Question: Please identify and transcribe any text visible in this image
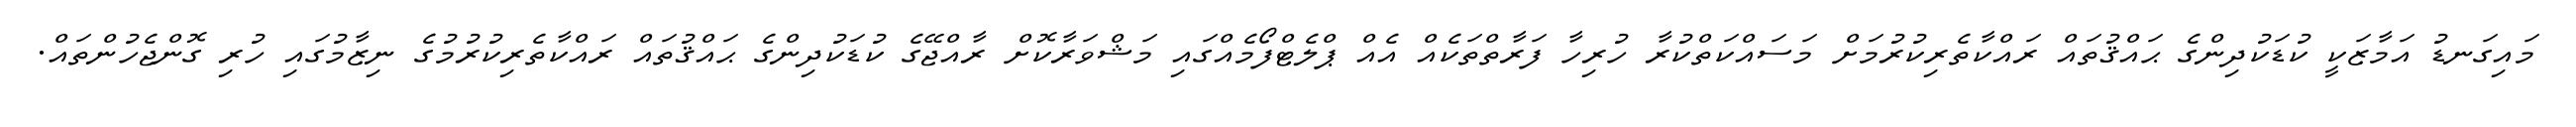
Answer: މައިގަނޑު އަމާޒަކީ ކުޑަކުދިންގެ ޙައްޤުތައް ރައްކާތެރިކުރުމަށް މަސައްކަތްކުރާ ހުރިހާ ފަރާތްތަކެއް އެއް ޕްލެޓްފޯމެއްގައި މަޝްވަރާކޮށް ރާއްޖޭގެ ކުޑަކުދިންގެ ޙައްޤުތައް ރައްކާތެރިކުރުމުގެ ނިޒާމުގައި ހުރި ގޮންޖެހުންތައް.